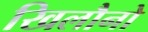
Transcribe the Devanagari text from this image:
खिलौनो